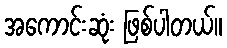
အကောင်းဆုံး ဖြစ်ပါတယ်။